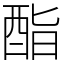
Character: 酯